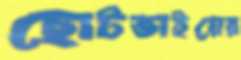
ছোটভাইয়ের